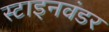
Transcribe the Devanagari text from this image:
स्टाइनवंडर